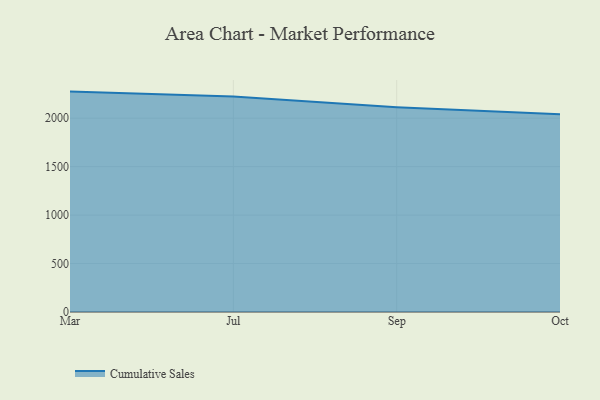
{"axis": {"x": "Month", "y": "Website Visitors"}, "legend": ["Cumulative Sales"], "data": [{"x": "Mar", "y": 2274.3, "type": "Cumulative Sales"}, {"x": "Jul", "y": 2222.6, "type": "Cumulative Sales"}, {"x": "Sep", "y": 2113.6, "type": "Cumulative Sales"}, {"x": "Oct", "y": 2039.3, "type": "Cumulative Sales"}]}